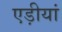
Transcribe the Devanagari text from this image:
एड़ीयां